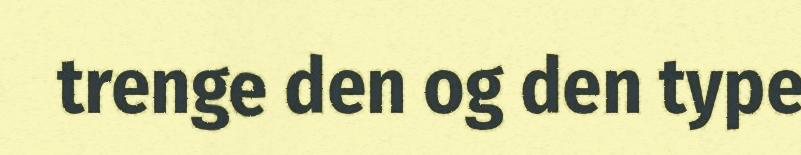
trenge den og den type